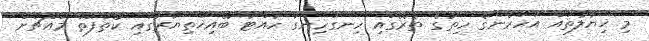
މި ޚިޔާލުތައް އަހަރެންގެ ހިތުގެ ތެރޭގައި ހިނގަހިނގާ ހުއްޓާ ބޭއިޚްތިޔާރުގައި ކޯތާފަތް މައްޗަށް